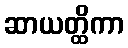
ဆာယတ္ထိကာ